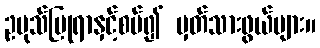
ဥပုသ်ပြုရာနှင့်စပ်၍ မှတ်သားဖွယ်များ။